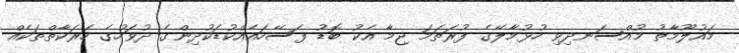
މައުލޫމާތު މުއްސަނދިވި ހުޅުމާލޭގެ ފުރަތަމަ ޖިމާ އެކު ބޮޑު ފަސޭހައެއްކުޑަކުދިންގެ ދުވަހުގެ ހަރަކާތްތަކެއް